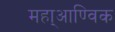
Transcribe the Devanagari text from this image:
महा्आण्विक